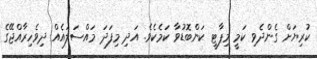
ކުރިޔަށް ގެންދެވި ކަމީ މިޕާޓީ ކަންބޮޑުވާ ކަމެކެވެ. އަދި މިފަދަ މައްސަލައެއް ދިވެހިރާއްޖޭގެ